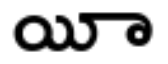
యిా